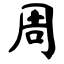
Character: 周